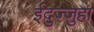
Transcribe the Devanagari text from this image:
ईदुज्जुहा